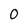
Character: O